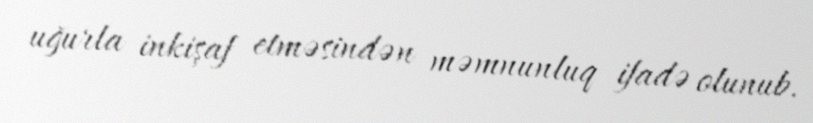
uğurla inkişaf etməsindən məmnunluq ifadə olunub.